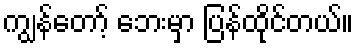
ကျွန်တော့် ဘေးမှာ ပြန်ထိုင်တယ်။